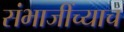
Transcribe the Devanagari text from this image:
संभाजींच्याच